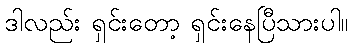
ဒါလည်း ရှင်းတော့ ရှင်းနေပြီသားပါ။